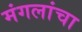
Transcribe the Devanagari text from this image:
मंगलांचा